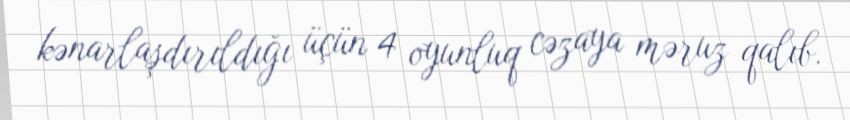
kənarlaşdırıldığı üçün 4 oyunluq cəzaya məruz qalıb.